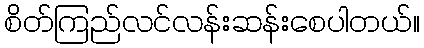
စိတ်ကြည်လင်လန်းဆန်းစေပါတယ်။